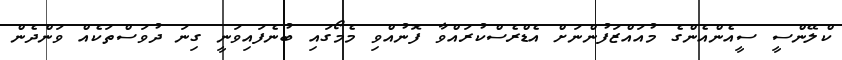
ކްލޭންސީ ސީއެންއެންގެ މުއައްޒަފުންނަށް އެޑްރެސްކުރައްވާ ފޮނުއްވި މެމޯގައި ބުނެފައިވަނީ ގިނަ ދުވަސްތަކެއް ވަންދެން